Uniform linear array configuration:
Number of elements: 8
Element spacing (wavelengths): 0.5
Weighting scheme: hann
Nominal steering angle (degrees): -60
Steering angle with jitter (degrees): -60.292
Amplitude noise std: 0.05
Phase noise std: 0.05

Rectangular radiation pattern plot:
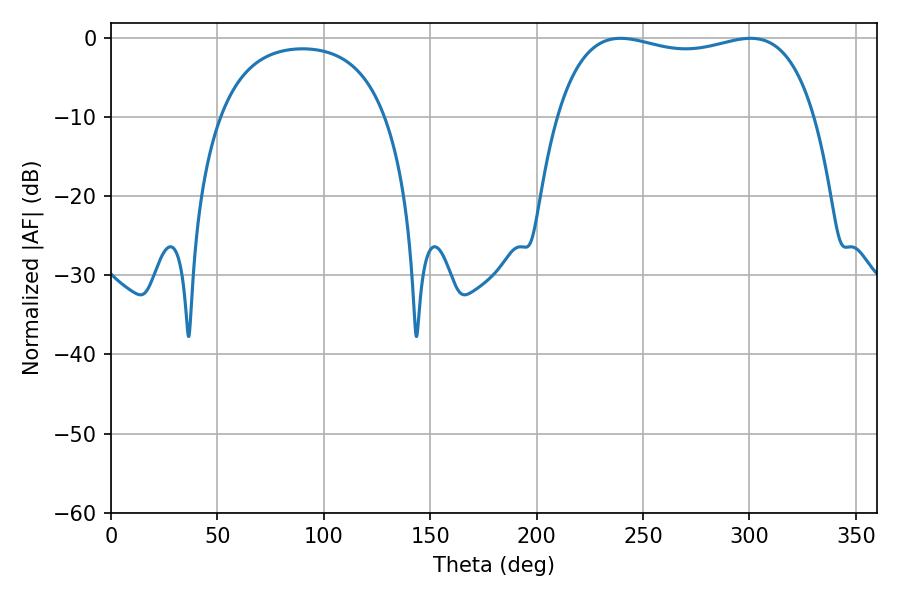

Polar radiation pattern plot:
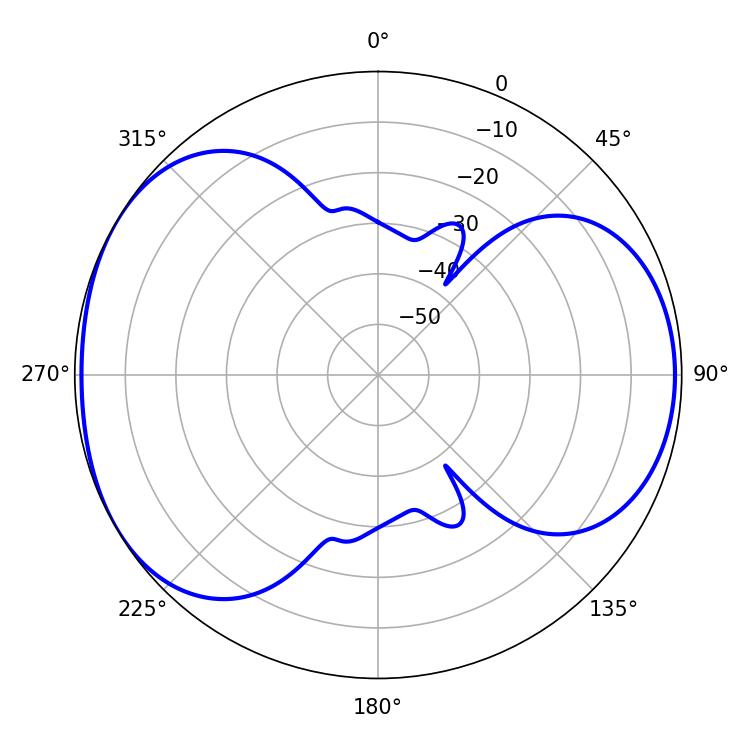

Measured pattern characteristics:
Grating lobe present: FALSE
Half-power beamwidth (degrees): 98.28
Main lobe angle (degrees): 239.4